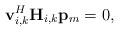
\begin{align*}\mathbf{v}_{i,k}^H\mathbf{H}_{i,k}\mathbf{p}_{m}=0,\end{align*}